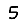
Digit: 5